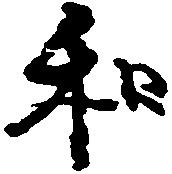
和